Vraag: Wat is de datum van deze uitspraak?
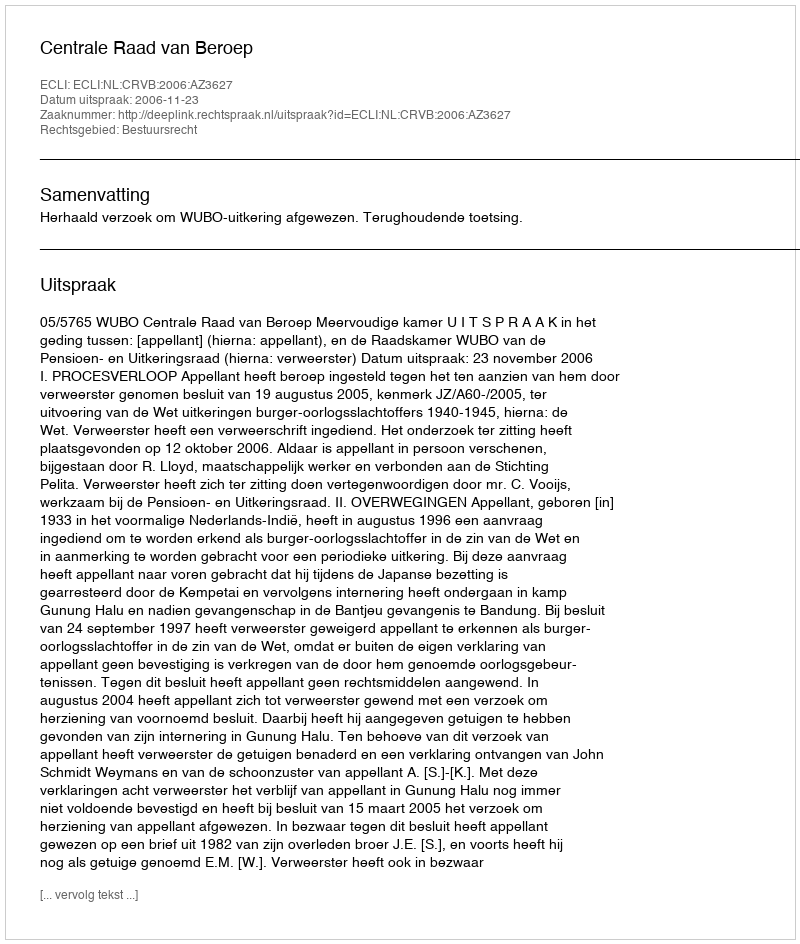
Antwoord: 2006-11-23